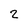
Character: 2